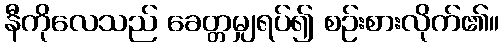
နီကိုလေသည် ခေတ္တမျှရပ်၍ စဉ်းစားလိုက်၏။